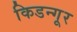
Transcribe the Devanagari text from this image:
किडन्गूर